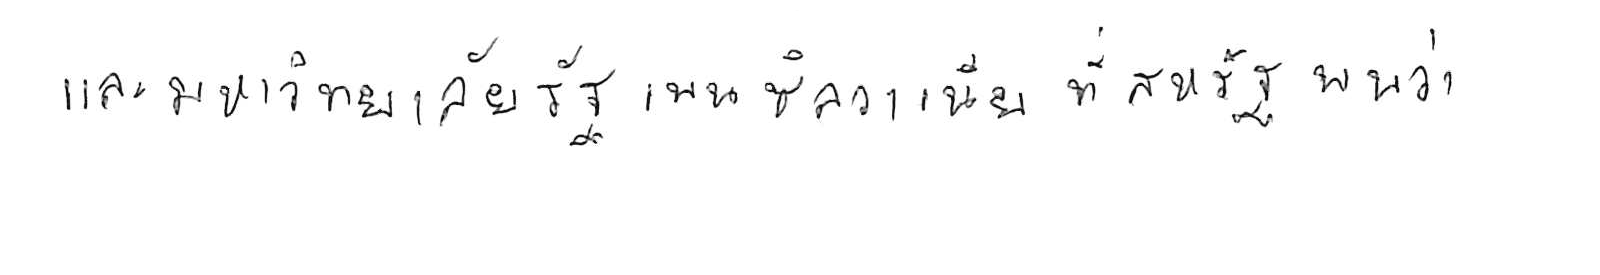
และมหาวิทยาลัยรัฐเพนซิลวาเนีย ที่สหรัฐ พบว่า